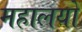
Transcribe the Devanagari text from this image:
महालयों